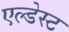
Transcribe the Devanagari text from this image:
एल्डेस्ट